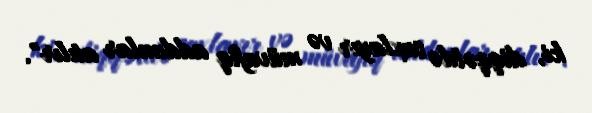
ki, diqqətdə saxlayır və müvafiq addımlar atılır".